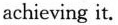
achieving it.